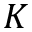
K